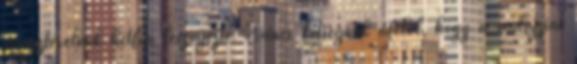
miniszterelnök hétfőn leszögezte: “nincs kétségünk afelől, hogy a malajziai